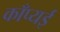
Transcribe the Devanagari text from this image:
काँप्यई